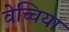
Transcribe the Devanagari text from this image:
वेच्चिया